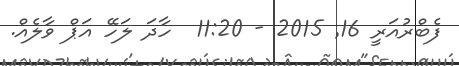
ފެބްރުއަރީ 16